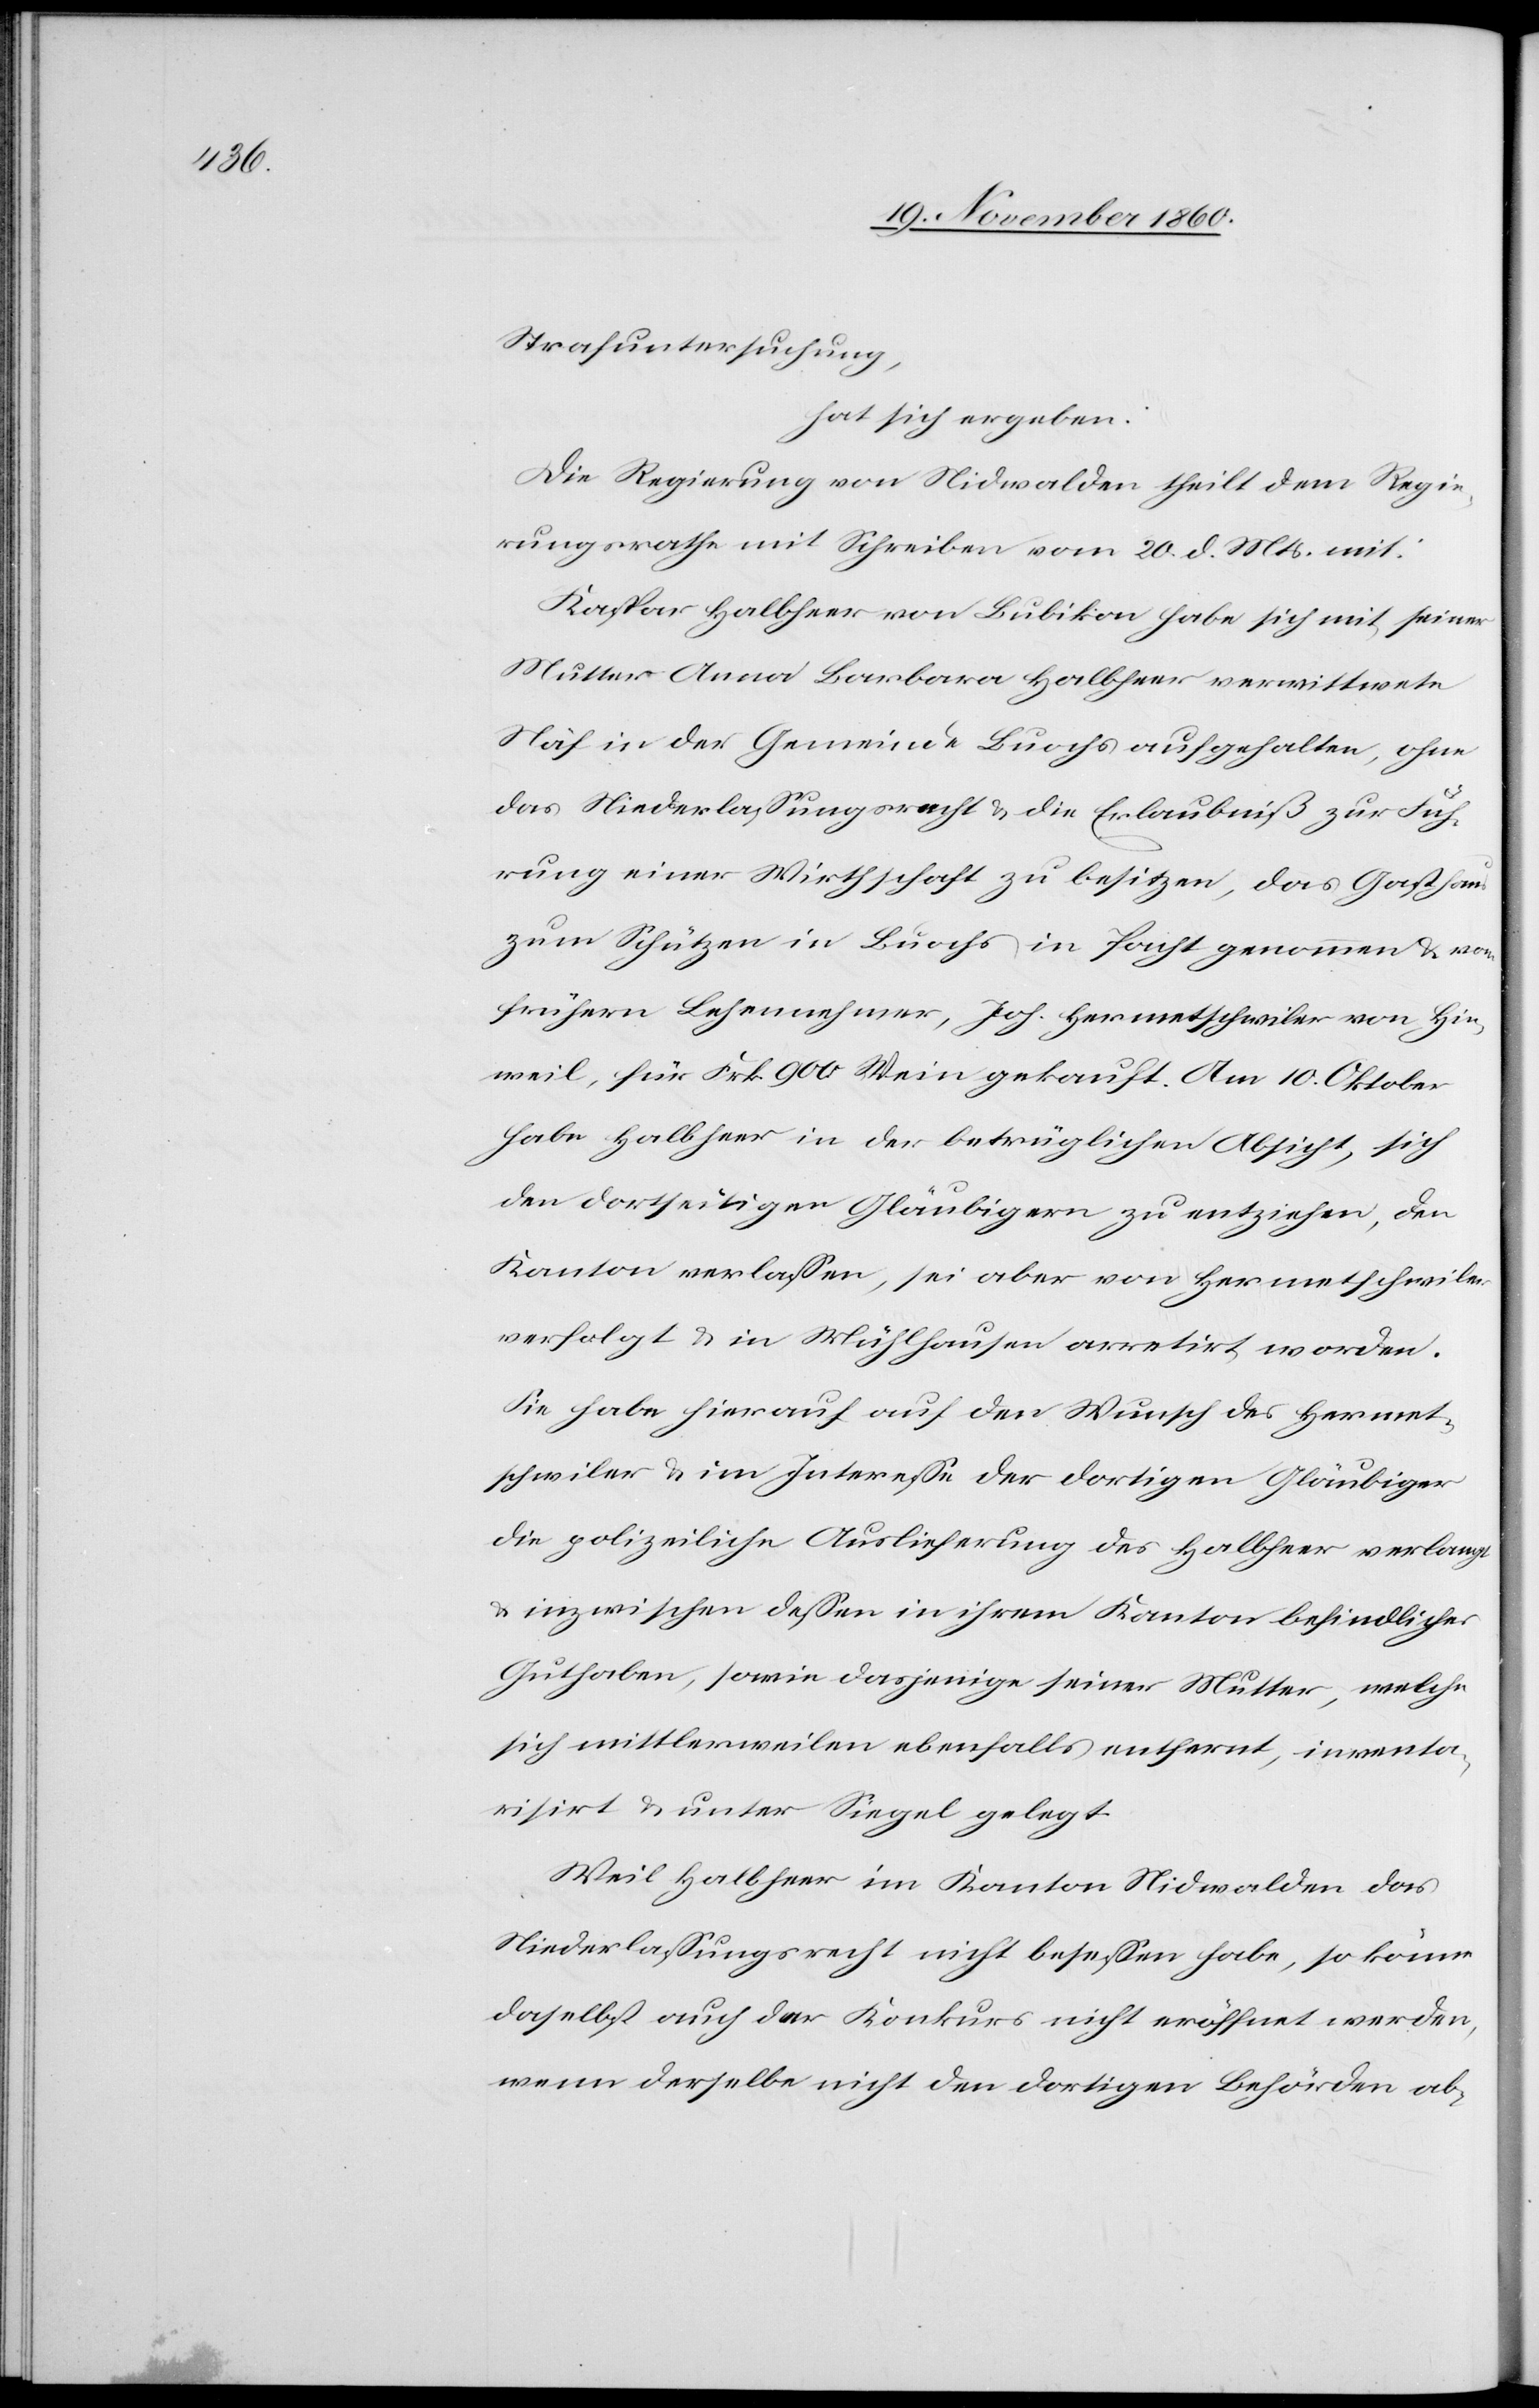
Strafuntersuchung,
hat sich ergeben:
Die Regierung von Nidwalden theilt dem Regie¬
rungsrathe mit Schreiben vom 20. d. Mts. mit:
Kaspar Halbheer von Bubikon habe sich mit seiner
Mutter Anna Barbara Halbheer verwittwete
Näf in der Gemeinde Buochs aufgehalten, ohne
das Niederlassungsrecht u. die Erlaubniß zur Füh¬
rung einer Wirthschaft zu besitzen, das Gasthaus
zum Schützen in Buochs in Pacht genommen u. vom
frühern Lehennehmer, Joh. Hermetschwiler von Hin¬
weil, für Frk. 900 Wein gekauft. Am 10. Oktober
habe Halbheer in der betrüglichen Absicht, sich
den dortseitigen Gläubigern zu entziehen, den
Kanton verlassen, sei aber von Hermetschwiler
verfolgt u. in Mühlhausen arretirt worden.
Sie habe hierauf auf den Wusch des Hermet¬
schwiler u. in Interesse der dortigen Gläubiger
die polizeiliche Auslieferung des Halbheer verlangt
inzwischen dessen in ihrem Kanton befindlicher
Guthaben, sowie dasjenige seiner Mutter, welche
sich mittlerweilen ebenfalls entfernt, inventa¬
risirt u. unter Siegel gelegt.
Weil Halbheer im Kanton Nidwalden das
Niederlassungsrecht nicht besessen habe, so könne
daselbst auch der Konkurs nicht eröffnet werden,
wenn derselbe nicht den dortigen Behörden ab-